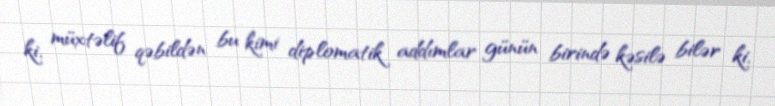
ki, müxtəlif qəbildən bu kimi diplomatik addımlar günün birində kəsilə bilər ki,